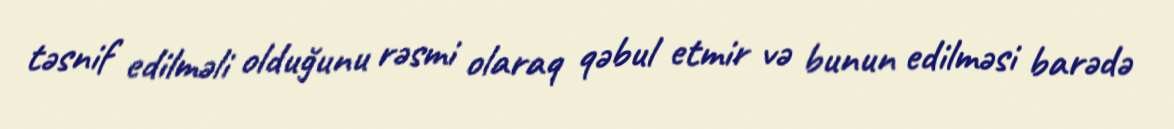
təsnif edilməli olduğunu rəsmi olaraq qəbul etmir və bunun edilməsi barədə